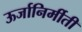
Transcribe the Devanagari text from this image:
ऊर्जानिर्मीती